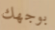
بوجهك